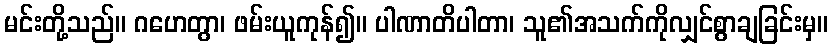
မင်းတို့သည်။ ဂဟေတွာ၊ ဖမ်းယူကုန်၍။ ပါဏာတိပါတာ၊ သူ၏အသက်ကိုလျှင်စွာချခြင်းမှ။